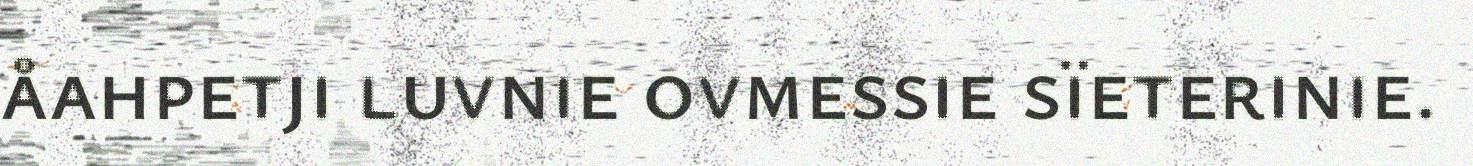
åahpetji luvnie ovmessie sïeterinie.